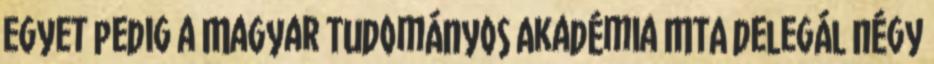
egyet pedig a Magyar Tudományos Akadémia MTA delegál négy